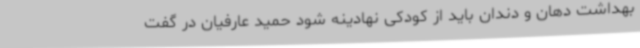
بهداشت دهان و دندان باید از کودکی نهادینه شود حمید عارفیان در گفت